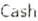
CASH